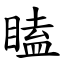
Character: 瞌